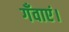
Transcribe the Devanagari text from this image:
गँवाएं।